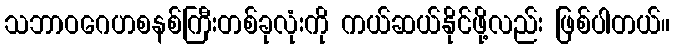
သဘာဝဂေဟစနစ်ကြီးတစ်ခုလုံးကို ကယ်ဆယ်နိုင်ဖို့လည်း ဖြစ်ပါတယ်။